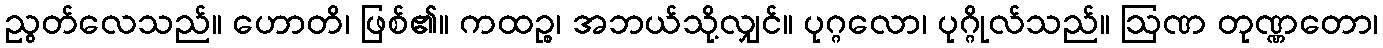
ညွတ်လေသည်။ ဟောတိ၊ ဖြစ်၏။ ကထဉ္စ၊ အဘယ်သို့လျှင်။ ပုဂ္ဂလော၊ ပုဂ္ဂိုလ်သည်။ ဩဏ တုဏ္ဏတော၊